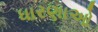
ધારણાઓ